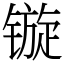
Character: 镟